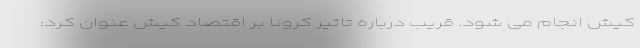
کیش انجام می شود. قریب درباره تاثیر کرونا بر اقتصاد کیش عنوان کرد: